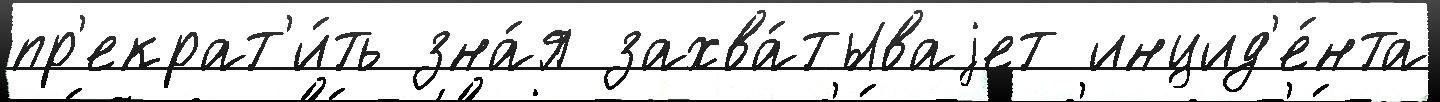
пр'екрат'и́ть зна́я захва́тываjет инцид'е́нта